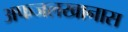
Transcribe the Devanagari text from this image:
अफजलखानास